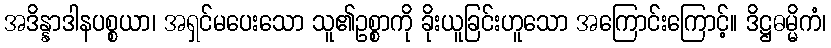
အဒိန္နာဒါနပစ္စယာ၊ အရှင်မပေးသော သူ၏ဥစ္စာကို ခိုးယူခြင်းဟူသော အကြောင်းကြောင့်။ ဒိဋ္ဌဓမ္မိကံ၊